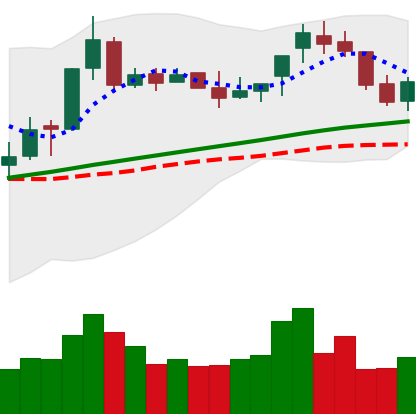
Ticker: BNB-USD
Chart end date: 2018-04-18
Forward return: 10.994%
Label: up_7plus